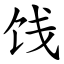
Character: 饯